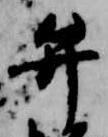
弁